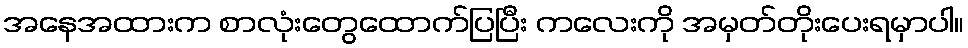
အနေအထားက စာလုံးတွေထောက်ပြပြီး ကလေးကို အမှတ်တိုးပေးရမှာပါ။